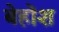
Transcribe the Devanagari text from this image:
बेहोंश